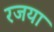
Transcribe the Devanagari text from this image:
रजया